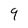
Character: 9